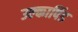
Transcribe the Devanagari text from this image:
उल्‍कापिंड